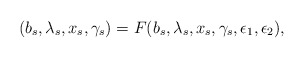
\begin{align*}(b_{s},\lambda_{s},x_{s}, \gamma_{s})=F(b_{s},\lambda_{s},x_{s},\gamma_{s},\epsilon_{1},\epsilon_{2}),\end{align*}